system: You are a helpful assistant.
user:
Analyze the provided spectrum to determine if it is a **M-type Giant (gM)**.

A M-type Giant spectrum is defined by its **strong molecular absorption** features, particularly from **Titanium Oxide (TiO)**. You must check for one of the following mutually exclusive signatures:

- **Key Visual Indicators (Absorption-Dominated Spectrum):**

    - **(Primary):** The spectrum is dominated by strong molecular absorption from **Titanium Oxide (TiO)**. This is the **defining feature** of its M-type temperature class.
        - **(Key Bandheads):** Look for sharp, "saw-tooth" absorption valleys. The strongest are located near **~7050 Å**, **~6160 Å**, and **~5170 Å**.
        - **(Line Profile):** The "saw-tooth" morphology is critical: a **sharp, steep drop on the BLUE (short-wavelength) side** of the bandhead, followed by a gradual recovery (rising flux) towards the RED (long-wavelength) side.

    - **(Key Confirmation - Giant vs. Dwarf):** **ABSENCE** of strong **Calcium Hydride (CaH)** molecular bands. This is the primary diagnostic for *excluding* M-dwarfs.
        - **(Key Region):** The spectrum should lack the strong, broad absorption band seen in dwarfs between **~6800 Å and ~7000 Å**.

    - **(Secondary Confirmation - Giant):** A very strong and broad **Neutral Calcium (Ca I)** atomic absorption line.
        - **(Key Line):** Located at **~4226 Å**. In a giant (gM), this line is significantly deeper and broader than the same line in an M-dwarf (dM) due to low surface gravity.

    - **(Overall Spectrum):**
        - The continuum is **extremely red-sloping** (i.e., flux is very low in the blue and rises dramatically towards the red).
        - The entire spectrum appears "chopped up" by the deep TiO bands.

Think first, call **spectral_visualization_tool** if needed to examine features in detail, then provide your final answer. Your response must adhere to the following strict rules:
1.  **Overall Structure:** Your response must follow the format `<think>...</think> <tool_call>...</tool_call> (if a tool is used) <answer>...</answer>`.
2.  **Tool Usage Constraint:** You may only make **one** tool call per turn.
3.  **Final Answer Format:** In the `<answer>` tag, your conclusion must be inside a `\boxed{}` command (e.g., `\boxed{YES}` or `\boxed{NO}`), followed by your justification.

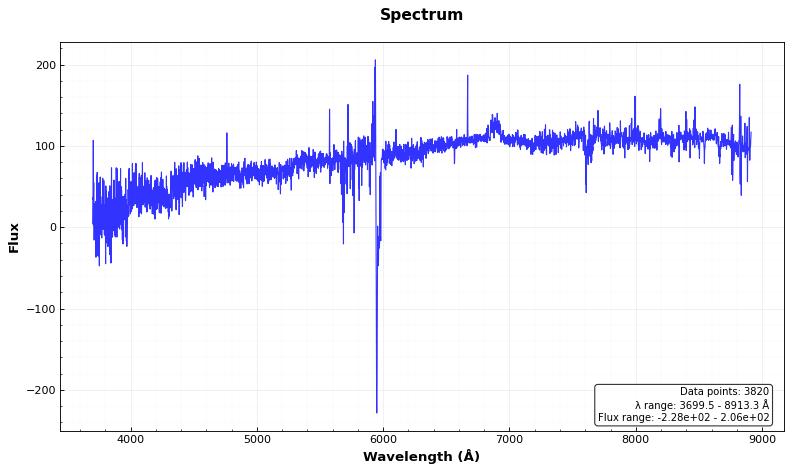
Answer: NO